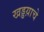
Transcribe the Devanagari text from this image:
खड्डय़ाचे